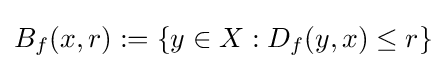
B_{f}(x,r):=\left\{y\in X:D_{f}(y,x)\leq r\right\}